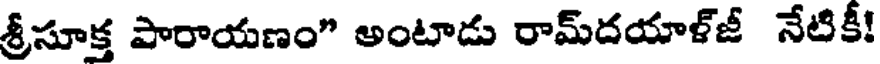
శ్రీసూక్త పారాయణం" అంటాడు రామ్దయాళ్జీ నేటికీ!